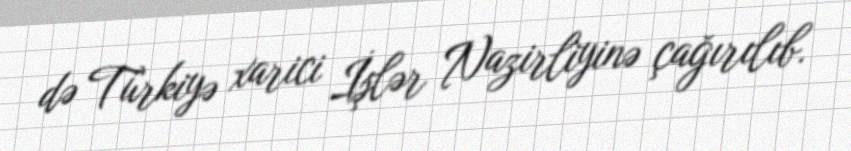
də Türkiyə xarici İşlər Nazirliyinə çağırılıb.